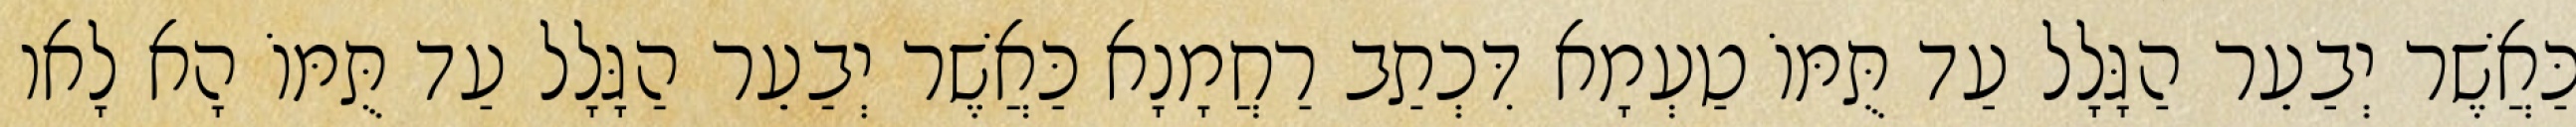
כַּאֲשֶׁר יְבַעֵר הַגָּלָל עַד תֻּמּוֹ טַעְמָא דִּכְתַב רַחֲמָנָא כַּאֲשֶׁר יְבַעֵר הַגָּלָל עַד תֻּמּוֹ הָא לָאו